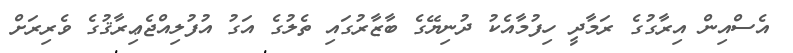
އެސްއިން އިރާގުގެ ރަމާދީ ހިފުމާއެކު ދުނިޔޭގެ ބާޒާރުގައި ތެލުގެ އަގު އުފުލިއްޖެޢިރާޤުގެ ވެރިރަށް